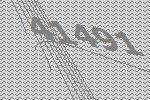
41491